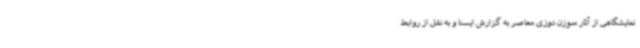
نمایشگاهی از آثار سوزن دوزی معاصر به گزارش ایسنا و به نقل از روابط